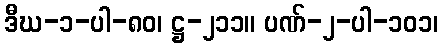
ဒီဃ-၁-ပါ-၈၀၊ ဋ္ဌ-၂၁၁။ ပဏ်-၂-ပါ-၁၀၁၊